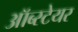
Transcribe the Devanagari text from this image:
ऑब्स्टेयर